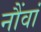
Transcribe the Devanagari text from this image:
नौंवां